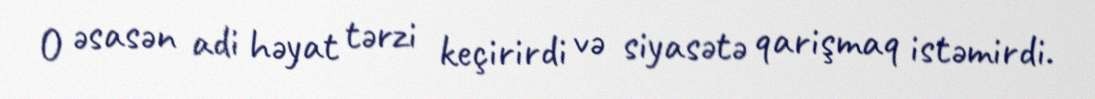
O əsasən adi həyat tərzi keçirirdi və siyasətə qarişmaq istəmirdi.